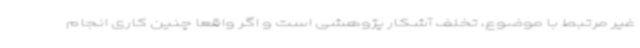
غیر مرتبط با موضوع، تخلف آشکار پژوهشی است و اگر واقعا چنین کاری انجام